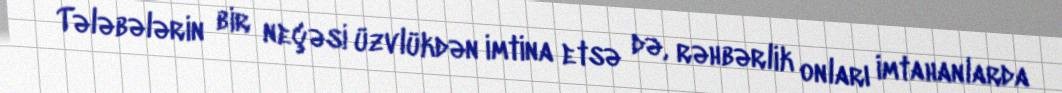
Tələbələrin bir neçəsi üzvlükdən imtina etsə də, rəhbərlik onları imtahanlarda